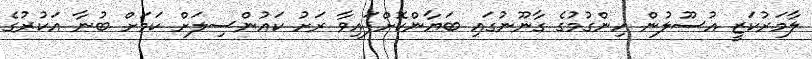
ލާމަރުކަޒީ އުސޫލުން ހިންގުމުގެ ގާނޫނުގައި ބަޔާންކޮށްފައިވާ ރަށު ކައުންސިލަށް ކަމަށް ބުނާ އަކުރުގެ